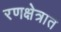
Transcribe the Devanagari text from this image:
रणक्षेत्रात